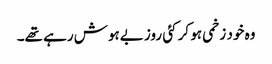
وہ خود زخمی ہو کر کئی روز بےہوش رہے تھے۔